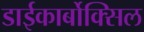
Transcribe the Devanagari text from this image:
डाईकार्बोक्सिल